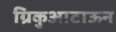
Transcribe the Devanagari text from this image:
ग्रिकुआटाऊन